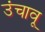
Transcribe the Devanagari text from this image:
उंचावू